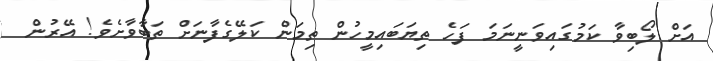
އަށް ލޯބިވާ ކަމުގައިވަނީނަމަ ފަހެ ތިޔަބައިމީހުން ތިމަން ކަލޭގެފާނަށް ތަބާވާށެވެ! އޭރުން